Annual administration report of the Civil Veterinary Department of India - 1901-1902
Year: 1901
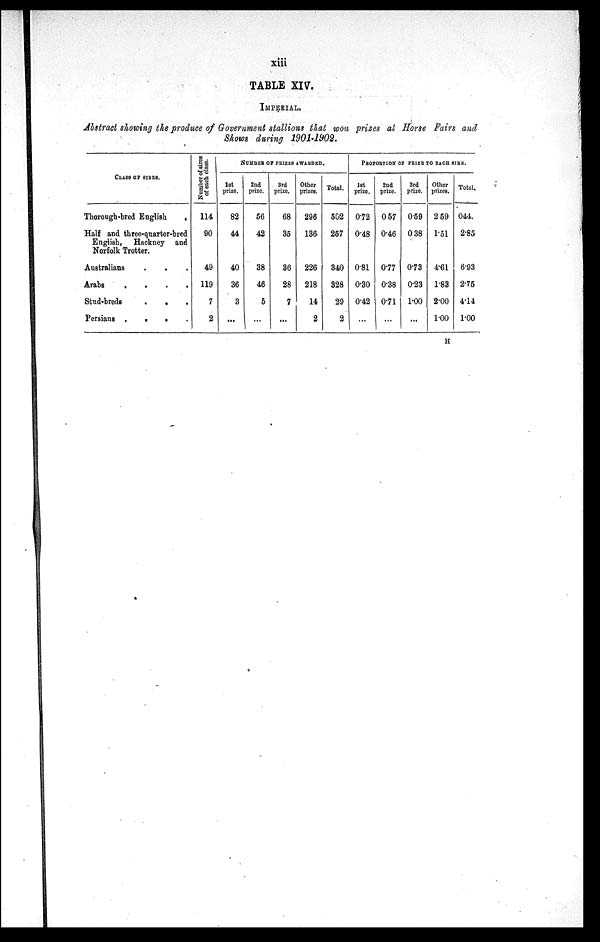
xiii
TABLE XIV.
IMPERIAL.
Abstract showing the produce of Government stallions that won prizes at Horse Fairs and
Shows during 1901-1902.
CLASS OF SIRES.
Thorough-bred English
.
Half and three-quarter-bred
English, Hackney and
Norfolk Trotter.
Australians . . .
Arabs
.
.
.
.
Stud-breds
.
.
.
Persians . . . .
Number of sires
of each class.
114
90
49
119
7
2
NUMBER OF PRIZES AWARDED.
1st
prize.
82
44
40
36
3
...
2nd
prize.
56
42
38
46
5
...
3rd
prize.
68
35
36
28
7
...
Other
prizes.
296
136
226
218
14
2
Total
562
257
340
328
29
2
PROPORTION OF PRIZE TO EACH SIRE.
1st
prize.
0.72
0.48
0.81
0.30
0.42
...
2nd
prize.
057
0.46
0.77
0.38
0.71
...
3rd
prize.
0.59
0 38
0.73
0.23
1.00
...
Other
prizes.
2 59
1.51
4.61
1.83
2.00
1.00
Total
044.
2.85
6.93
2.75
4.14
1.00
H